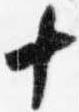
十